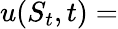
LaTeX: u(S_{t},t)=